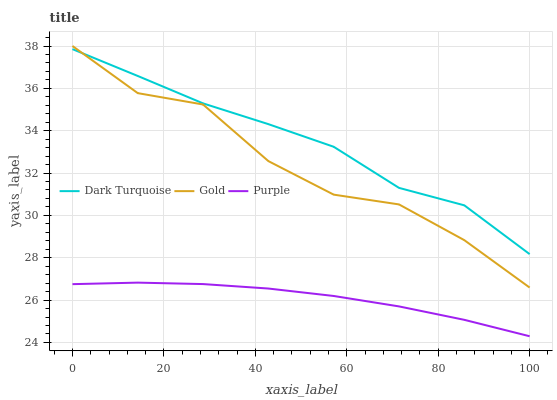
| xaxis_label | Dark Turquoise | Gold | Purple |
 | --- | --- | --- | --- |
 | 0 | 37.9 | 38 | 26.8 |
 | 14.3 | 36.6 | 35.8 | 26.8 |
 | 28.6 | 35.3 | 35.2 | 26.8 |
 | 42.9 | 34.3 | 32.6 | 26.5 |
 | 57.1 | 33.2 | 31 | 26.2 |
 | 71.4 | 31.3 | 30.5 | 25.7 |
 | 85.7 | 30.5 | 28.8 | 25.1 |
 | 100 | 28.2 | 26.6 | 24.3 |